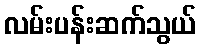
လမ်းပန်းဆက်သွယ်